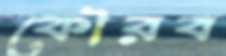
কৌরব